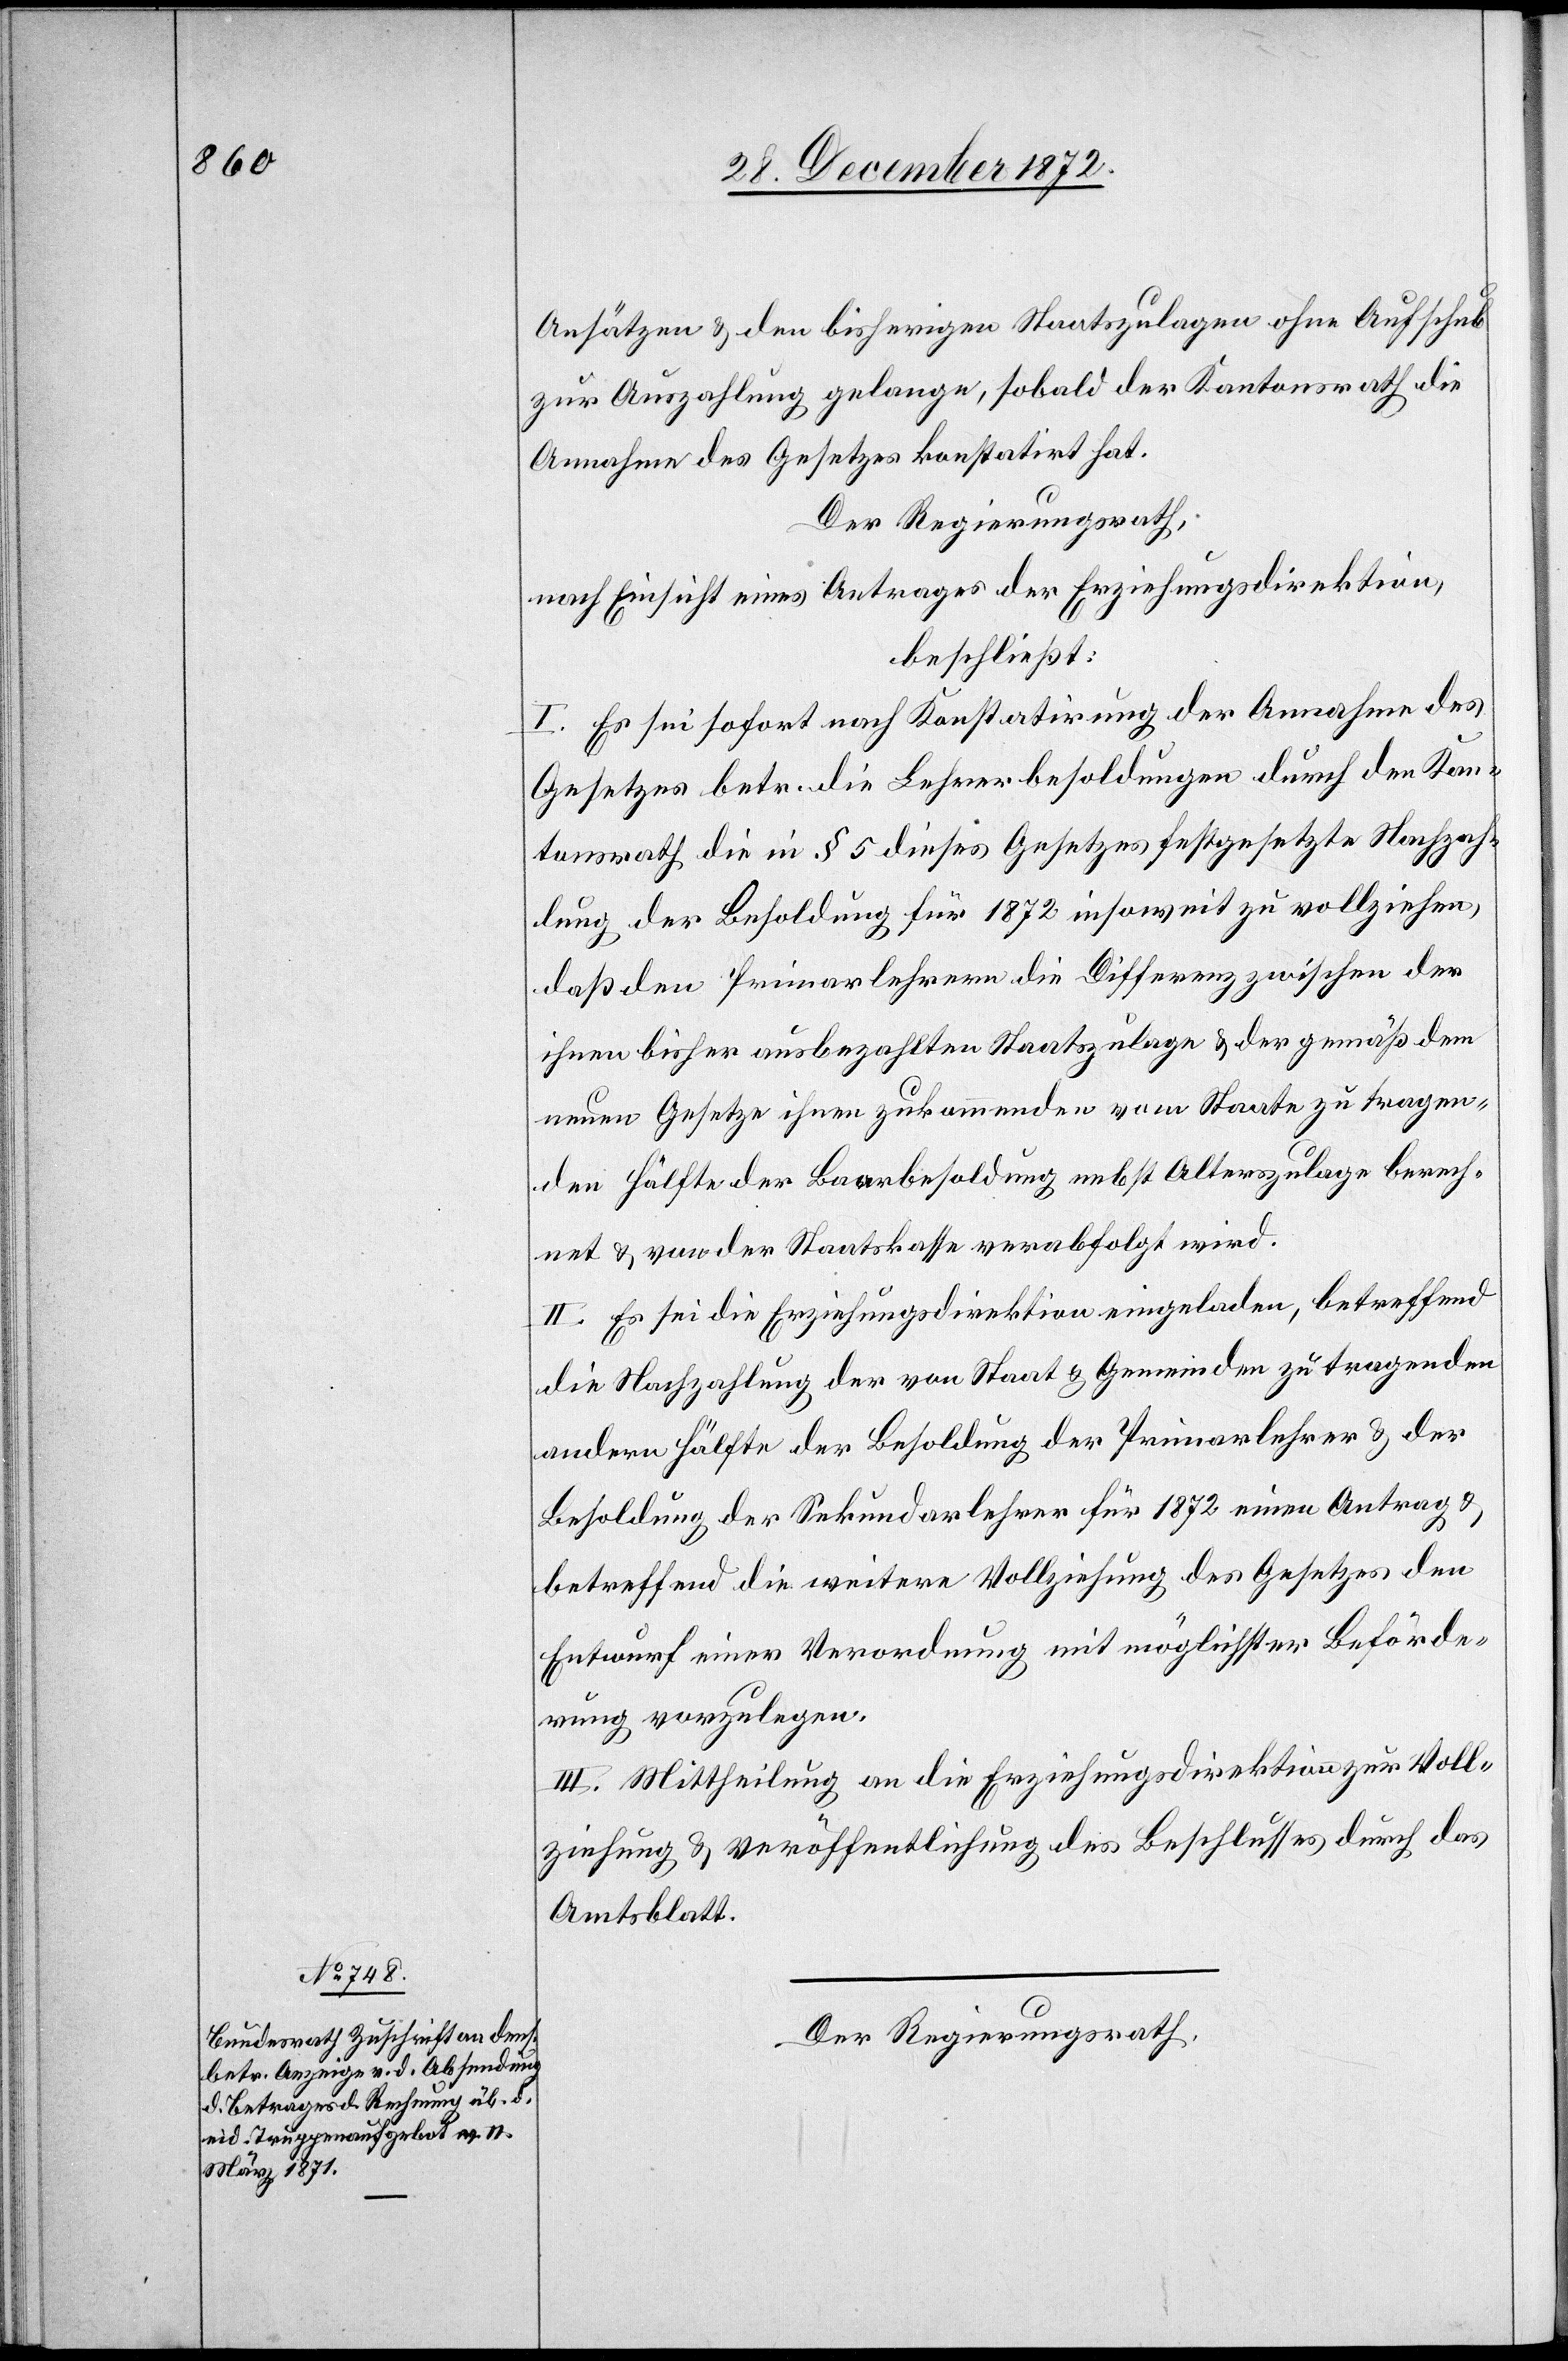
Ansätzen u. den bisherigen Staatszulagen ohne Aufschub
zur Auszahlung gelange, sobald der Kantonsrath die
Annahme des Gesetzes konstatirt hat.
Der Regierungsrath,
nach Einsicht eines Antrages der Direktion des Erziehungswesens,
beschließt:
I. Es sei sofort nach Konstatirung der Annahme des
Gesetzes betr. die Lehrerbesoldungen durch den Kan¬
tonsrath die in § 5 dieses Gesetzes festgesetzte Nachzah¬
lung der Besoldung für 1872 insoweit zu vollziehen,
daß den Primarlehrern die Differenz zwischen der
ihnen bisher ausbezahlten Staatszulage u. der gemäß dem
neuen Gesetze ihnen zukommenden vom Staate zu tragen¬
den Hälfte der Baarbesoldung nebst Alterszulage berech¬
net u. von der Staatskasse verabfolgt wird.
II. Es sei die Erziehungsdirektion eingeladen, betreffend
die Nachzahlung der von Staat u. Gemeinden zu tragenden
andern Hälfte der Besoldung der Primarlehrer u. der
Besoldung der Sekundarlehrer für 1872 einen Antrag u.
betreffend die weitere Vollziehung des Gesetzes den
Entwurf einer Verordnung mit möglichster Beförde¬
rung vorzulegen.
III. Mittheilung an die Erziehungsdirektion zur Voll¬
ziehung u. Veröffentlichung des Beschlusses durch das
Amtsblatt.
Der Regierungsrath,